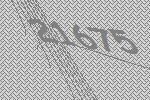
21675